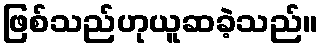
ဖြစ်သည်ဟုယူဆခဲ့သည်။